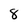
Character: 8